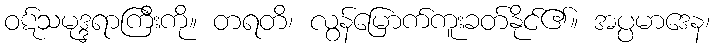
ဝဋ်သမုဒ္ဒရာကြီးကို။ တရတိ၊ လွန်မြောက်ကူးခတ်နိုင်၏။ အပ္ပမာဒေန၊